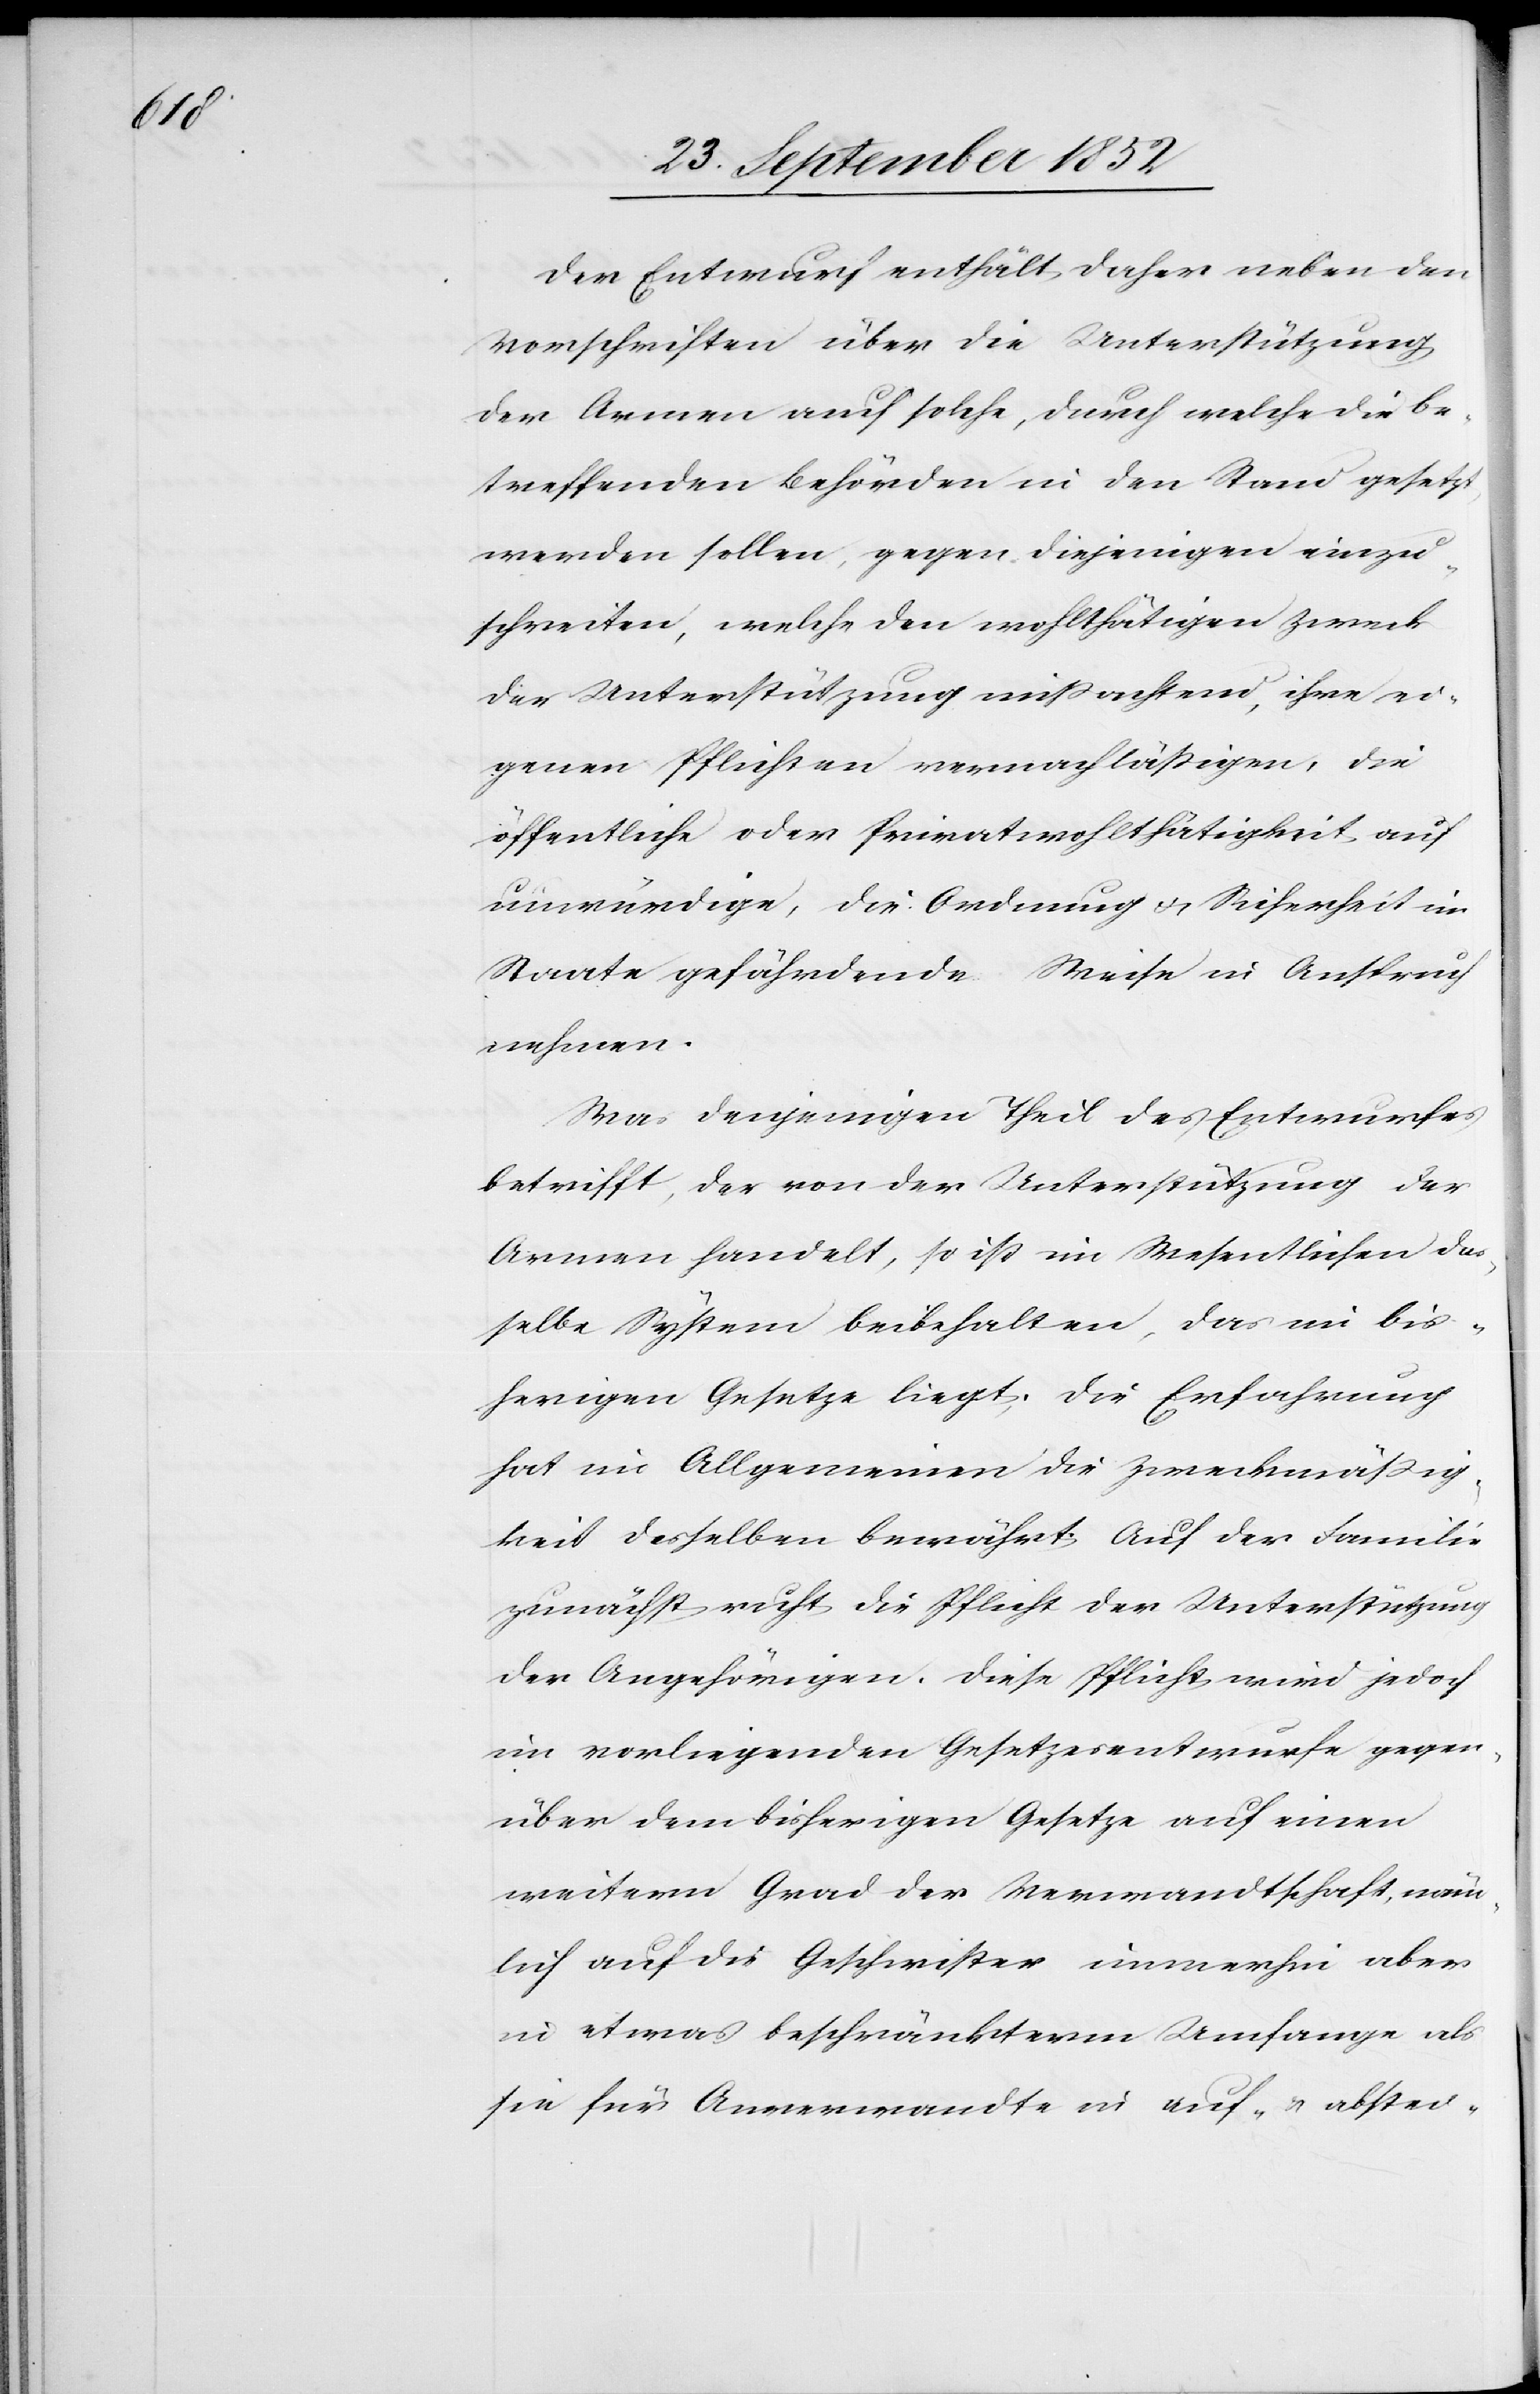
Der Entwurf enthält daher neben den
Vorschriften über die Unterstützung
der Armen auch solche, durch welche die be¬
treffenden Behörden in den Stand gesetzt
werden sollen, gegen diejenigen einzu¬
schreiten, welche den wohlthätigen Zweck
der Unterstützung mißachtend, ihre ei¬
genen Pflichten vernachläßigen, die
öffentliche oder Privatwohlthätigkeit auf
unwürdige, die Ordnung & Sicherheit im
Staate gefährdende Weise in Anspruch
nehmen.
Was denjenigen Theil des Entwurfes
betrifft, der von der Unterstützung der
Armen handelt, so ist im Wesentlichen das¬
selbe System beibehalten, das im bis¬
herigen Gesetze liegt. Die Erfahrung
hat im Allgemeinen die Zweckmäßig¬
keit desselben bewährt. Auf der Familie
zunächst ruht die Pflicht der Unterstützung
der Angehörigen. Diese Pflicht wird jedoch
im vorliegenden Gesetzesentwurfe gegen¬
über dem bisherigen Gesetze auf einen
weitern Grad der Verwandtschaft, näm¬
lich auf die Geschwister immerhin aber
in etwas beschränkterm Umfange als
sie für Anverwandte in auf- & abstei-